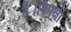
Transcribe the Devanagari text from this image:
है।विपक्षी